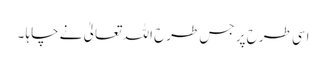
اسی طرح پر جس طرح اللہ تعالیٰ نے چاہا ۔